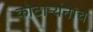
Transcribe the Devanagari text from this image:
कोठार्‍यंनाच